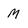
Character: M